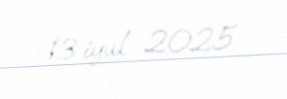
13 iyul 2025